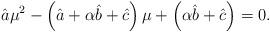
LaTeX: \begin{align*} \hat a \mu^2- \left(\hat a+\alpha \hat b + \hat c \right)\mu+ \left( \alpha\hat b+ \hat c\right)=0. \end{align*}